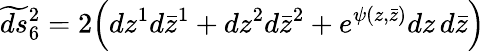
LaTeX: \widetilde{ds}{}_{6}^{2}=2\Bigl(dz^{1}d\bar{z}^{1}+dz^{2}d\bar{z}^{2}+e^{\psi(z,\bar{z})}dz\, d\bar{z}\Bigr)